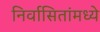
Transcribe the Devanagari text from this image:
निर्वासितांमध्ये